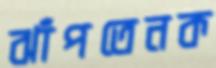
ঝাঁপতেনক